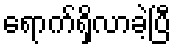
ရောက်ရှိလာခဲ့ပြီ